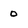
Character: 0